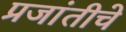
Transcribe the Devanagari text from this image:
प्रजांतीचे